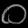
Digit: ၀